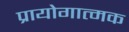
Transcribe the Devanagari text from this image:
प्रायोगात्मक